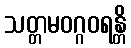
သတ္တမဝဂ္ဂဝရန္တိ